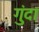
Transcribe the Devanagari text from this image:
गुंदा